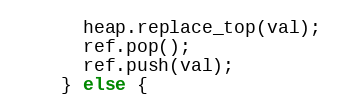
Language: C++
      heap.replace_top(val);
      ref.pop();
      ref.push(val);
    } else {